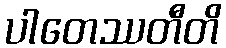
ပါတေဿတီတိ